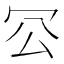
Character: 𠕺